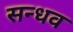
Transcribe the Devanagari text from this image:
सन्धव